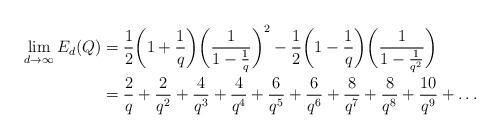
LaTeX: \begin{align*} \lim_{d\rightarrow\infty}E_d(Q) &= \frac{1}{2}\bigg(1 + \frac{1}{q}\bigg)\bigg(\frac{1}{1 - \frac{1}{q}}\bigg)^2 - \frac{1}{2}\bigg(1 - \frac{1}{q}\bigg)\bigg(\frac{1}{1 - \frac{1}{q^2}}\bigg)\\ &= \frac{2}{q} + \frac{2}{q^2} + \frac{4}{q^3} + \frac{4}{q^4} + \frac{6}{q^5} + \frac{6}{q^6} + \frac{8}{q^7} + \frac{8}{q^8} + \frac{10}{q^9} + \ldots\end{align*}